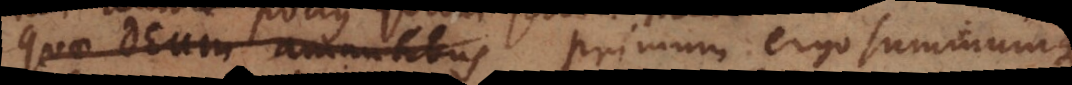
quae Deum amantibus ergo summumq